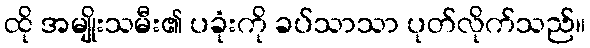
ထို အမျိုးသမီး၏ ပခုံးကို ခပ်သာသာ ပုတ်လိုက်သည်။